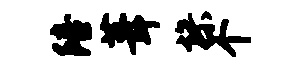
陪葺操个